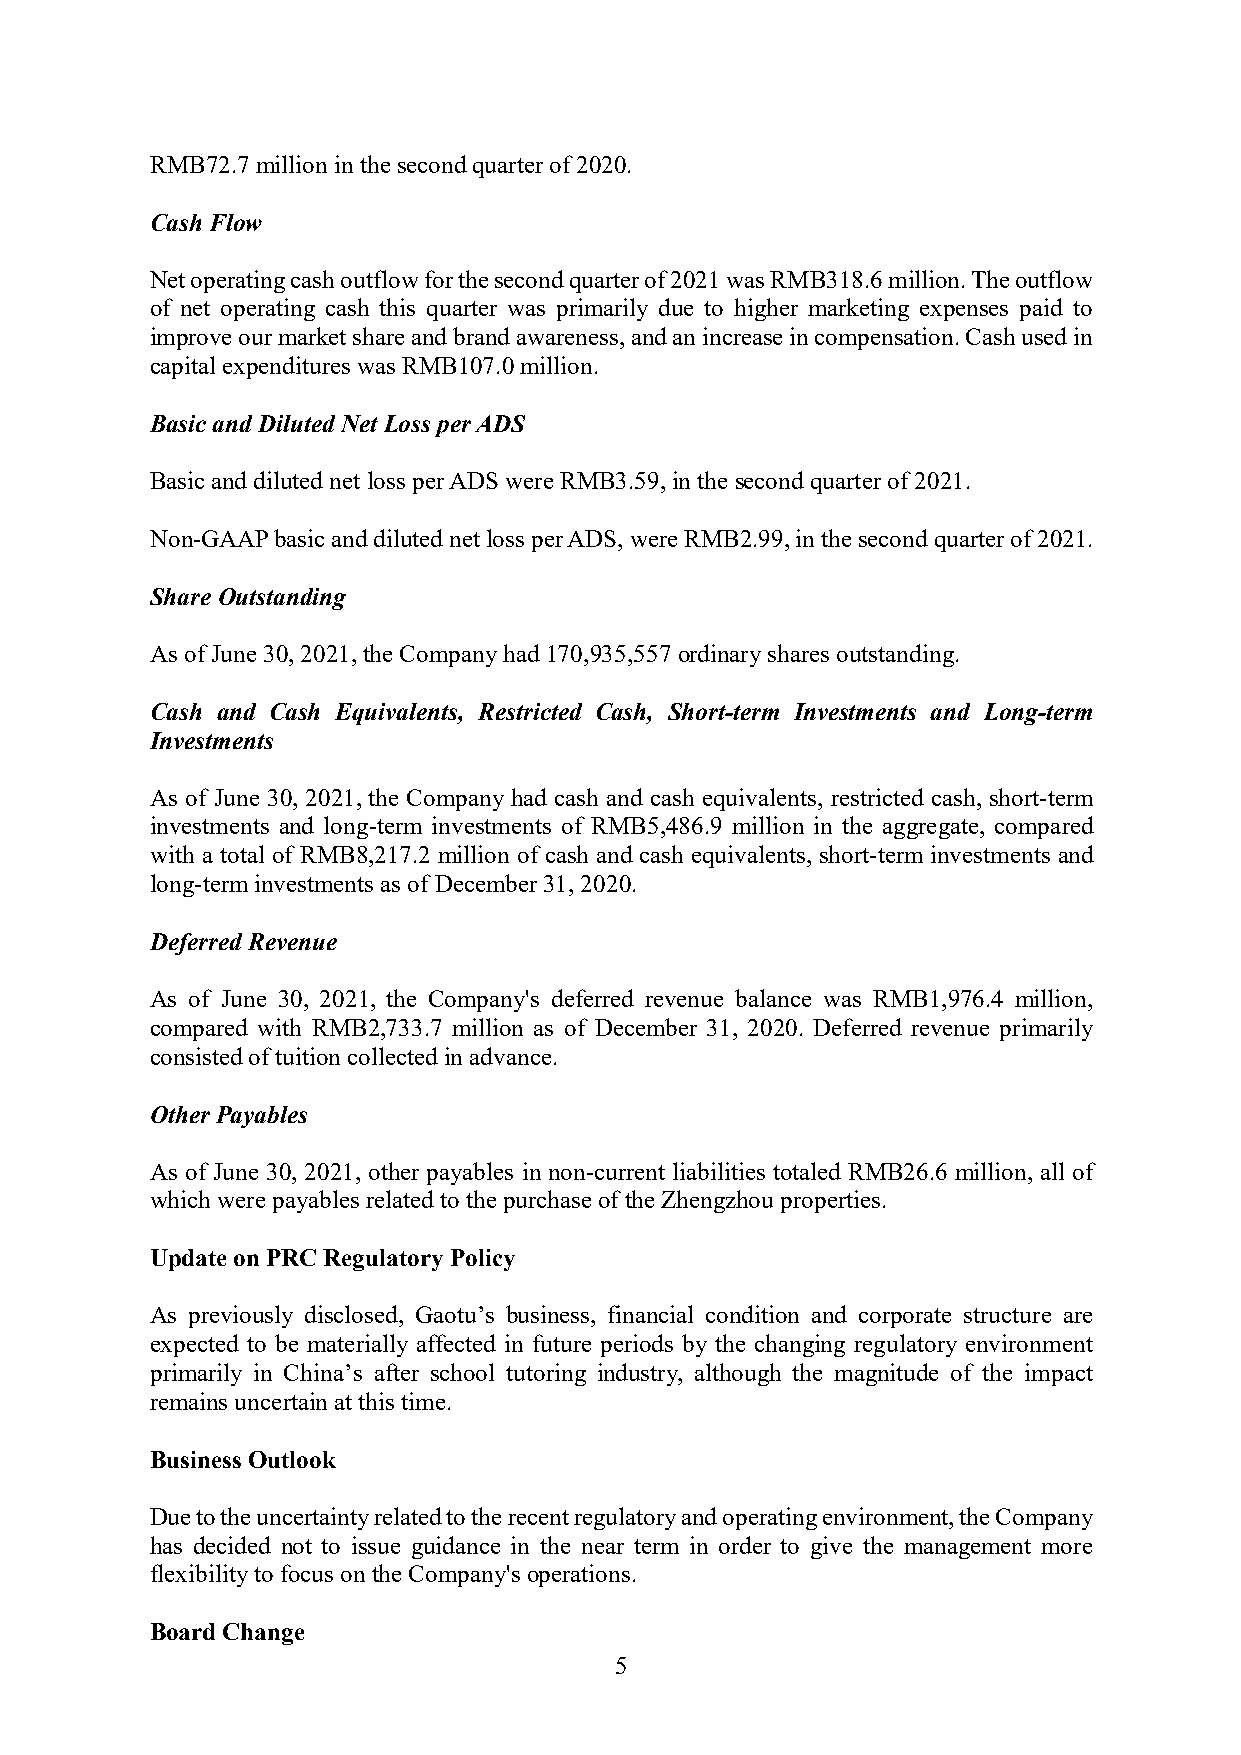
RMB72.7 million in the second quarter of 2020.
 Cash Flow
 Net operating cash outflow for the second quarter of 2021 was RMB318.6 million. The outflow
 of net operating cash this quarter was primarily due to higher marketing expenses paid to
 improve our market share and brand awareness, and an increase in compensation. Cash used in
 capital expenditures was RMB107.0 million.
 Basic and Diluted Net Loss per ADS
 Basic and diluted net loss per ADS were RMB3.59, in the second quarter of 2021.
 Non-GAAP basic and diluted net loss per ADS, were RMB2.99, in the second quarter of 2021.
 Share Outstanding
 As of June 30, 2021, the Company had 170,935,557 ordinary shares outstanding.
 Cash and Cash Equivalents, Restricted Cash, Short-term Investments and Long-term
 Investments
 As of June 30, 2021, the Company had cash and cash equivalents, restricted cash, short-term
 investments and long-term investments of RMB5,486.9 million in the aggregate, compared
 with a total of RMB8,217.2 million of cash and cash equivalents, short-term investments and
 long-term investments as of December 31, 2020.
 Deferred Revenue
 As of June 30, 2021, the Company's deferred revenue balance was RMB1,976.4 million,
 compared with RMB2,733.7 million as of December 31, 2020. Deferred revenue primarily
 consisted of tuition collected in advance.
 Other Payables
 As of June 30, 2021, other payables in non-current liabilities totaled RMB26.6 million, all of
 which were payables related to the purchase of the Zhengzhou properties.
 Update on PRC Regulatory Policy
 As previously disclosed, Gaotu’s business, financial condition and corporate structure are
 expected to be materially affected in future periods by the changing regulatory environment
 primarily in China’s after school tutoring industry, although the magnitude of the impact
 remains uncertain at this time.
 Business Outlook
 Due to the uncertainty related to the recent regulatory and operating environment, the Company
 has decided not to issue guidance in the near term in order to give the management more
 flexibility to focus on the Company's operations.
 Board Change
 5